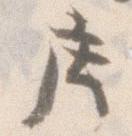
庄